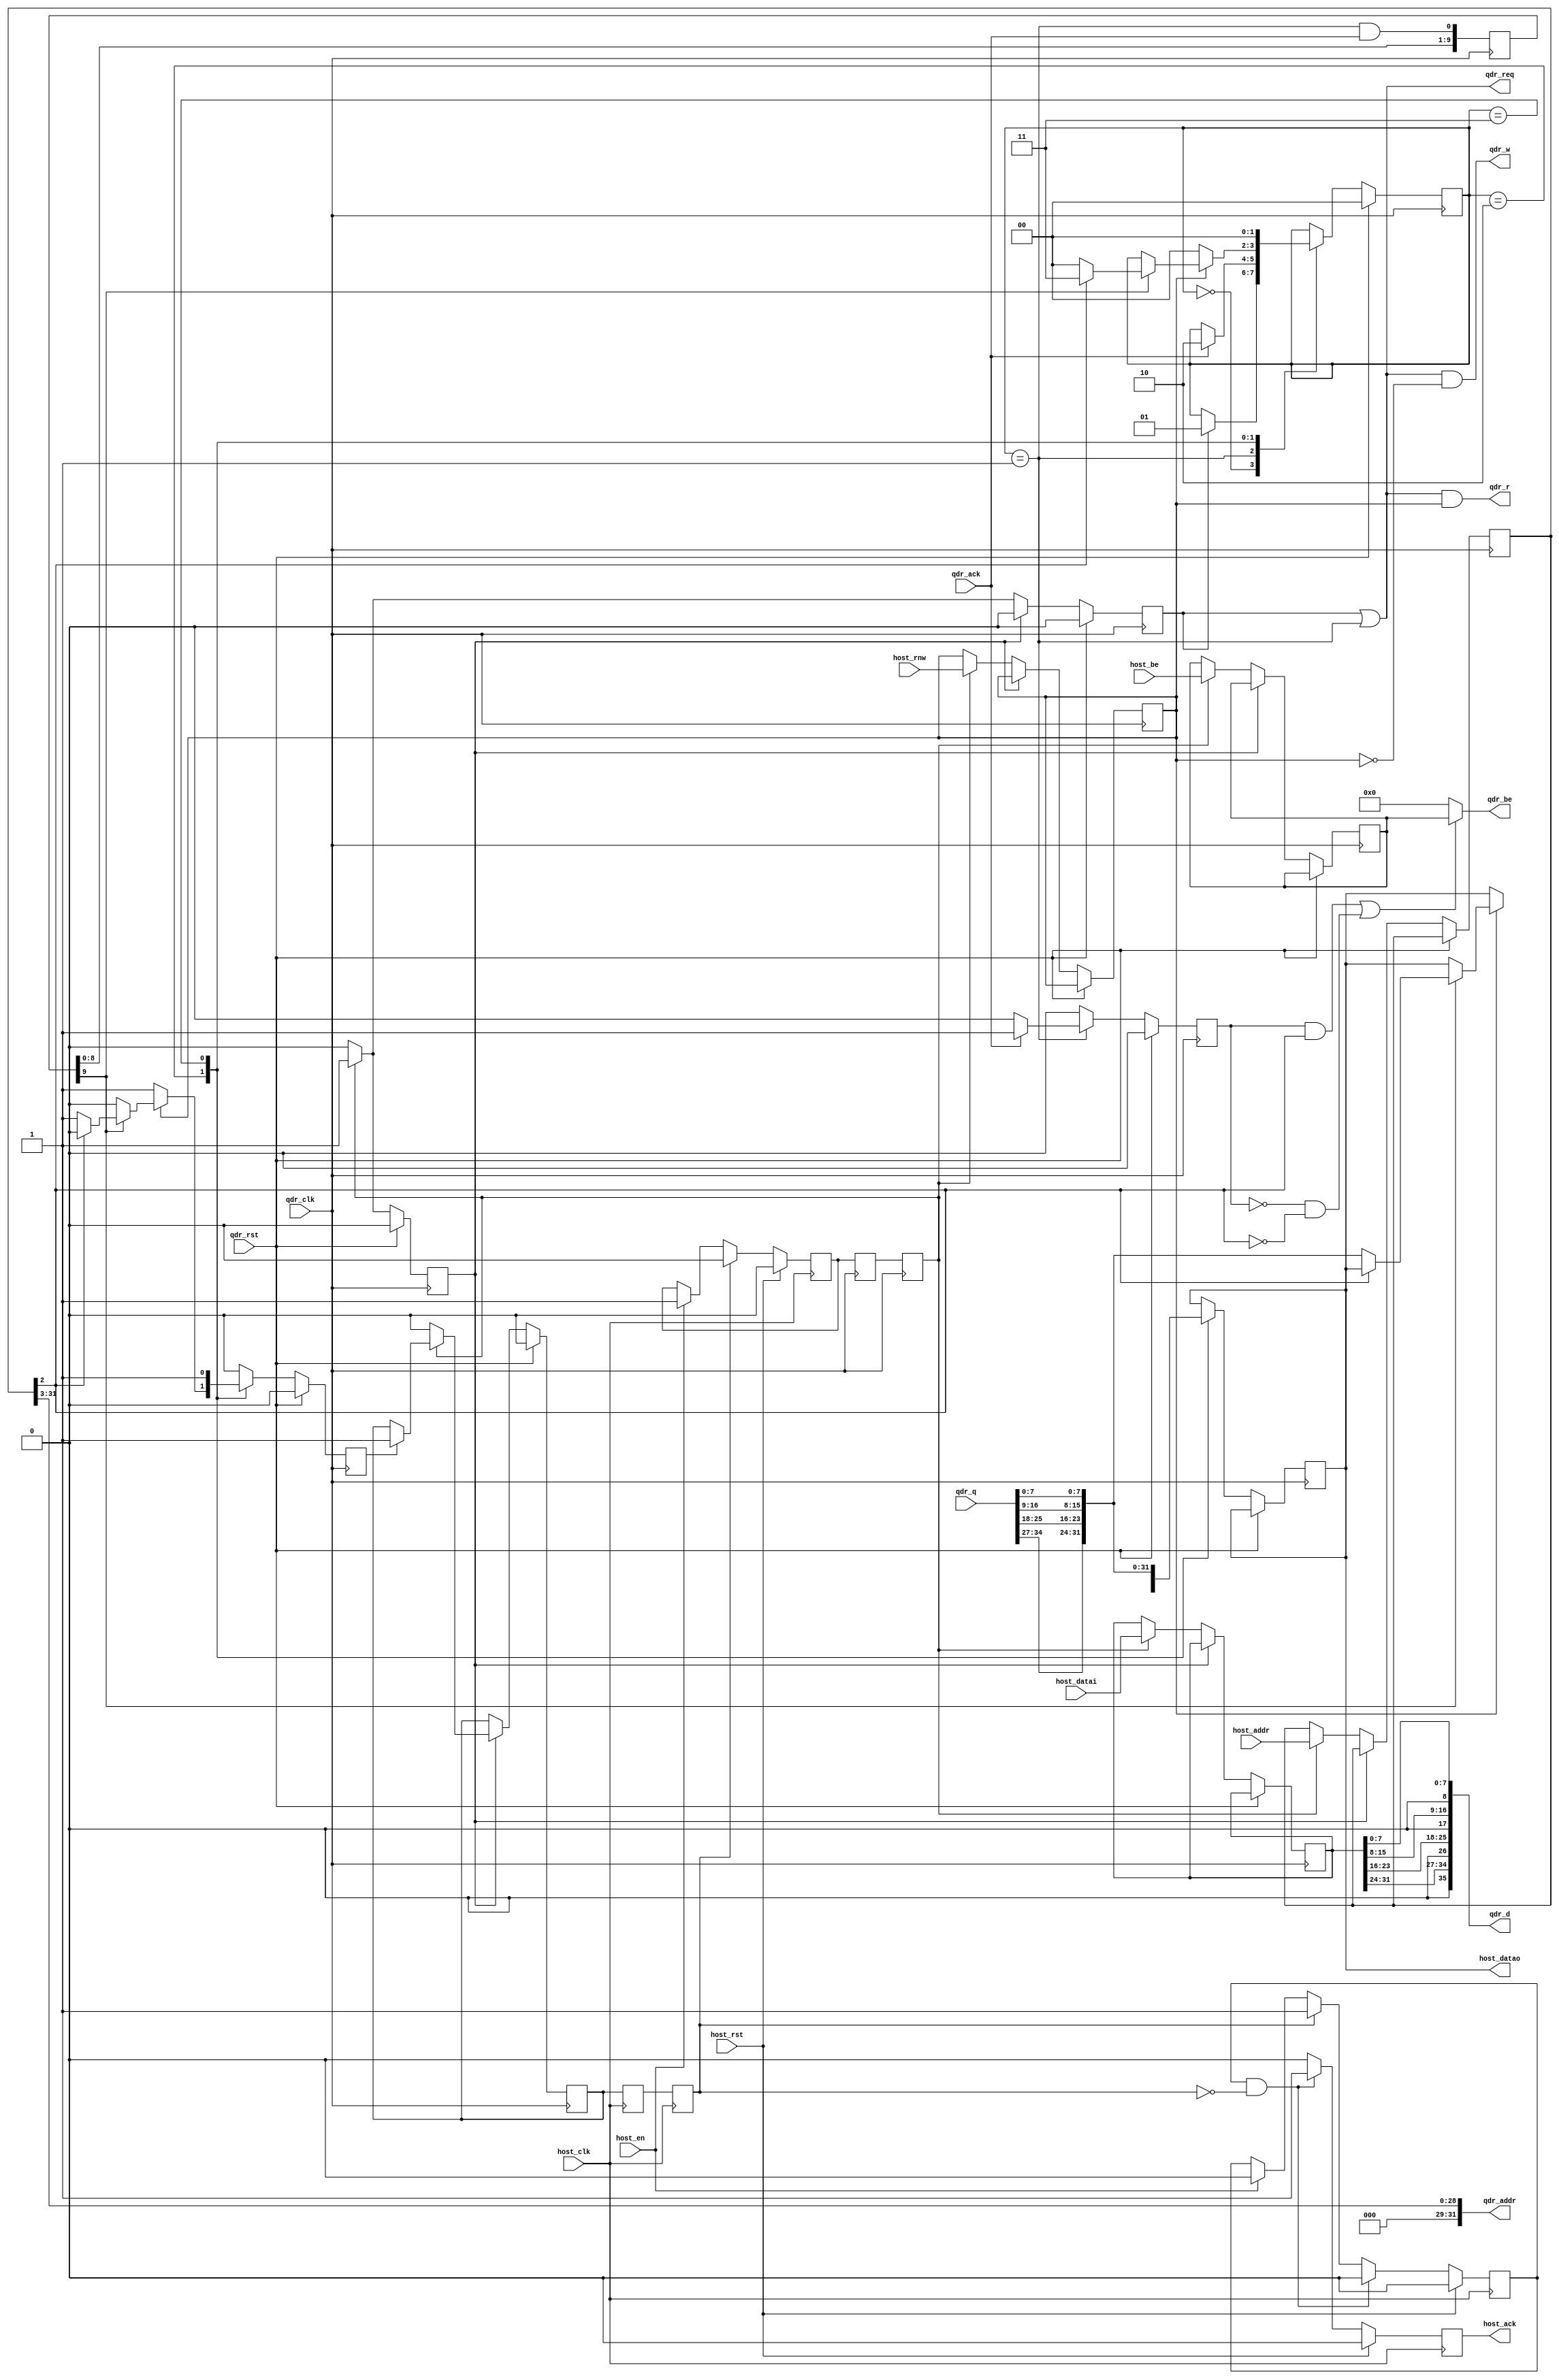
module async_qdr_interface #(
    parameter QDR_LATENCY = 10
  ) (
    input  host_clk,
    input  host_rst,
    input  host_en,
    input  host_rnw,
    input  [31:0] host_addr,
    input  [31:0] host_datai,
    input   [3:0] host_be,
    output [31:0] host_datao,
    output host_ack,
    input  qdr_clk,
    input  qdr_rst,
    output qdr_req,
    input  qdr_ack,
    output [31:0] qdr_addr,
    output qdr_r,
    output qdr_w,
    output [35:0] qdr_d,
    output  [3:0] qdr_be,
    input  [35:0] qdr_q
  );


  /* TODO: A FIFO might be more appropriate but wastes a BlockRAM */

  /********** QDR assignments **********/

  /* On addressing:
     The LSB of the qdr address addresses
     A single burst ie 2 * 36 bits.
     The LSB of the OPB address addresses
     a single byte.
  */

  reg [31:0] host_addr_reg;
  reg [31:0] host_datai_reg;
  reg  [3:0] host_be_reg;
  reg host_rnw_reg;

  reg [31:0] host_datao_reg;
  
  reg second_cycle;
  
  wire second_word = host_addr_reg[2];

  assign qdr_addr = host_addr_reg[31:3];

  assign qdr_r  = qdr_req & host_rnw_reg;
  assign qdr_w  = qdr_req & !host_rnw_reg;
  assign qdr_d  = {1'b0, host_datai_reg[31:24], 1'b0, host_datai_reg[23:16], 1'b0, host_datai_reg[15:8], 1'b0, host_datai_reg[7:0]};
  assign qdr_be = (second_cycle && second_word) || (!second_cycle && !second_word) ?
                     host_be_reg : 4'b0;

  assign host_datao = host_datao_reg;
  reg host_ack_reg;
  assign host_ack = host_ack_reg;

  /* foo */

  reg trans_reg;
  reg trans_regR;
  reg trans_regRR;
  //synthesis attribute HU_SET of trans_regR  is SET1
  //synthesis attribute HU_SET of trans_regRR is SET1
  //synthesis attribute RLOC   of trans_regR  is X0Y0
  //synthesis attribute RLOC   of trans_regRR is X0Y1

  reg resp_reg;
  reg resp_regR;
  reg resp_regRR;
  //synthesis attribute HU_SET of resp_regR  is SET0
  //synthesis attribute HU_SET of resp_regRR is SET0
  //synthesis attribute RLOC   of resp_regR  is X0Y0
  //synthesis attribute RLOC   of resp_regRR is X0Y1


  reg wait_clear;

  always @(posedge host_clk) begin
    host_ack_reg <= 1'b0;

    resp_regR  <= resp_reg;
    resp_regRR <= resp_regR;

    if (host_rst) begin
      trans_reg  <= 1'b0;
      wait_clear <= 1'b0;
      host_ack_reg <= 1'b0;
    end else begin
      if (host_en) begin
        trans_reg  <= 1'b1;
        wait_clear <= 1'b0;
      end
      if (resp_regRR) begin
        trans_reg  <= 1'b0;
        wait_clear <= 1'b1;
      end
      if (wait_clear && !resp_regRR) begin
        wait_clear   <= 1'b0;
        host_ack_reg <= 1'b1;
      end
    end
  end

  reg qdr_trans_strb, qdr_resp_ready;
  reg hshake_state;

  localparam RESP_IDLE = 1'b0;
  localparam RESP_BUSY = 1'b1;

  always @(posedge qdr_clk) begin
    qdr_trans_strb <= 1'b0;

    trans_regR  <= trans_reg;
    trans_regRR <= trans_regR;
    if (qdr_rst) begin
      hshake_state <= RESP_IDLE;
      resp_reg   <= 1'b0;
    end else begin
      case (hshake_state)
        RESP_IDLE: begin
          if (trans_regRR) begin
            qdr_trans_strb <= 1'b1;
            host_addr_reg  <= host_addr;
            host_datai_reg <= host_datai;
            host_be_reg    <= host_be;
            host_rnw_reg   <= host_rnw;
            hshake_state   <= RESP_BUSY;
          end
        end
        RESP_BUSY: begin
          if (qdr_resp_ready)
            resp_reg  <= 1'b1;

          if (!trans_regRR) begin
            resp_reg  <= 1'b0;
            hshake_state   <= RESP_IDLE;
          end
        end
      endcase
    end
  end

  /* Response Collection State Machine */

  reg [QDR_LATENCY - 1:0] qvld_shifter;

  reg [1:0] resp_state;
  localparam IDLE    = 2'd0;
  localparam WAIT    = 2'd1;
  localparam COLLECT = 2'd2;
  localparam FINAL   = 2'd3;

  always @(posedge qdr_clk) begin
    qdr_resp_ready <= 1'b0;
    second_cycle   <= 1'b0;
    qvld_shifter   <= {qvld_shifter[QDR_LATENCY - 2:0], resp_state == WAIT && qdr_ack};

    if (qdr_rst) begin
      resp_state <= IDLE;
    end else begin
      case (resp_state)
        IDLE: begin
          if (qdr_trans_strb) begin
            resp_state <= WAIT;
          end
        end
        WAIT: begin
          if (qdr_ack) begin
            second_cycle <= 1'b1;
            resp_state <= COLLECT;
          end
        end
        COLLECT: begin
          if (!host_rnw_reg) begin
            resp_state <= IDLE;
            qdr_resp_ready <= 1'b1;
          end else if (qvld_shifter[QDR_LATENCY-1]) begin
            if (!second_word) begin
              resp_state <= IDLE;
              host_datao_reg <= {qdr_q[34:27], qdr_q[25:18], qdr_q[16:9], qdr_q[7:0]};
              qdr_resp_ready <= 1'b1;
            end else begin
              resp_state <= FINAL;
            end
          end
        end
        FINAL: begin
          qdr_resp_ready <= 1'b1;
          host_datao_reg <= {qdr_q[34:27], qdr_q[25:18], qdr_q[16:9], qdr_q[7:0]};
          resp_state <= IDLE;
        end
      endcase
    end
  end

  assign qdr_req = qdr_trans_strb || resp_state == WAIT;

endmodule